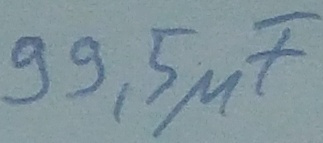
Text: 99,5µF